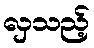
လှသည့်